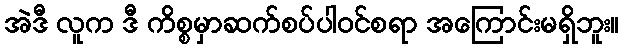
အဲဒီ လူက ဒီ ကိစ္စမှာဆက်စပ်ပါဝင်စရာ အကြောင်းမရှိဘူး။